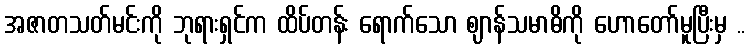
အဇာတသတ်မင်းကို ဘုရားရှင်က ထိပ်တန်း ရောက်သော ဈာန်သမာဓိကို ဟောတော်မူပြီးမှ ..